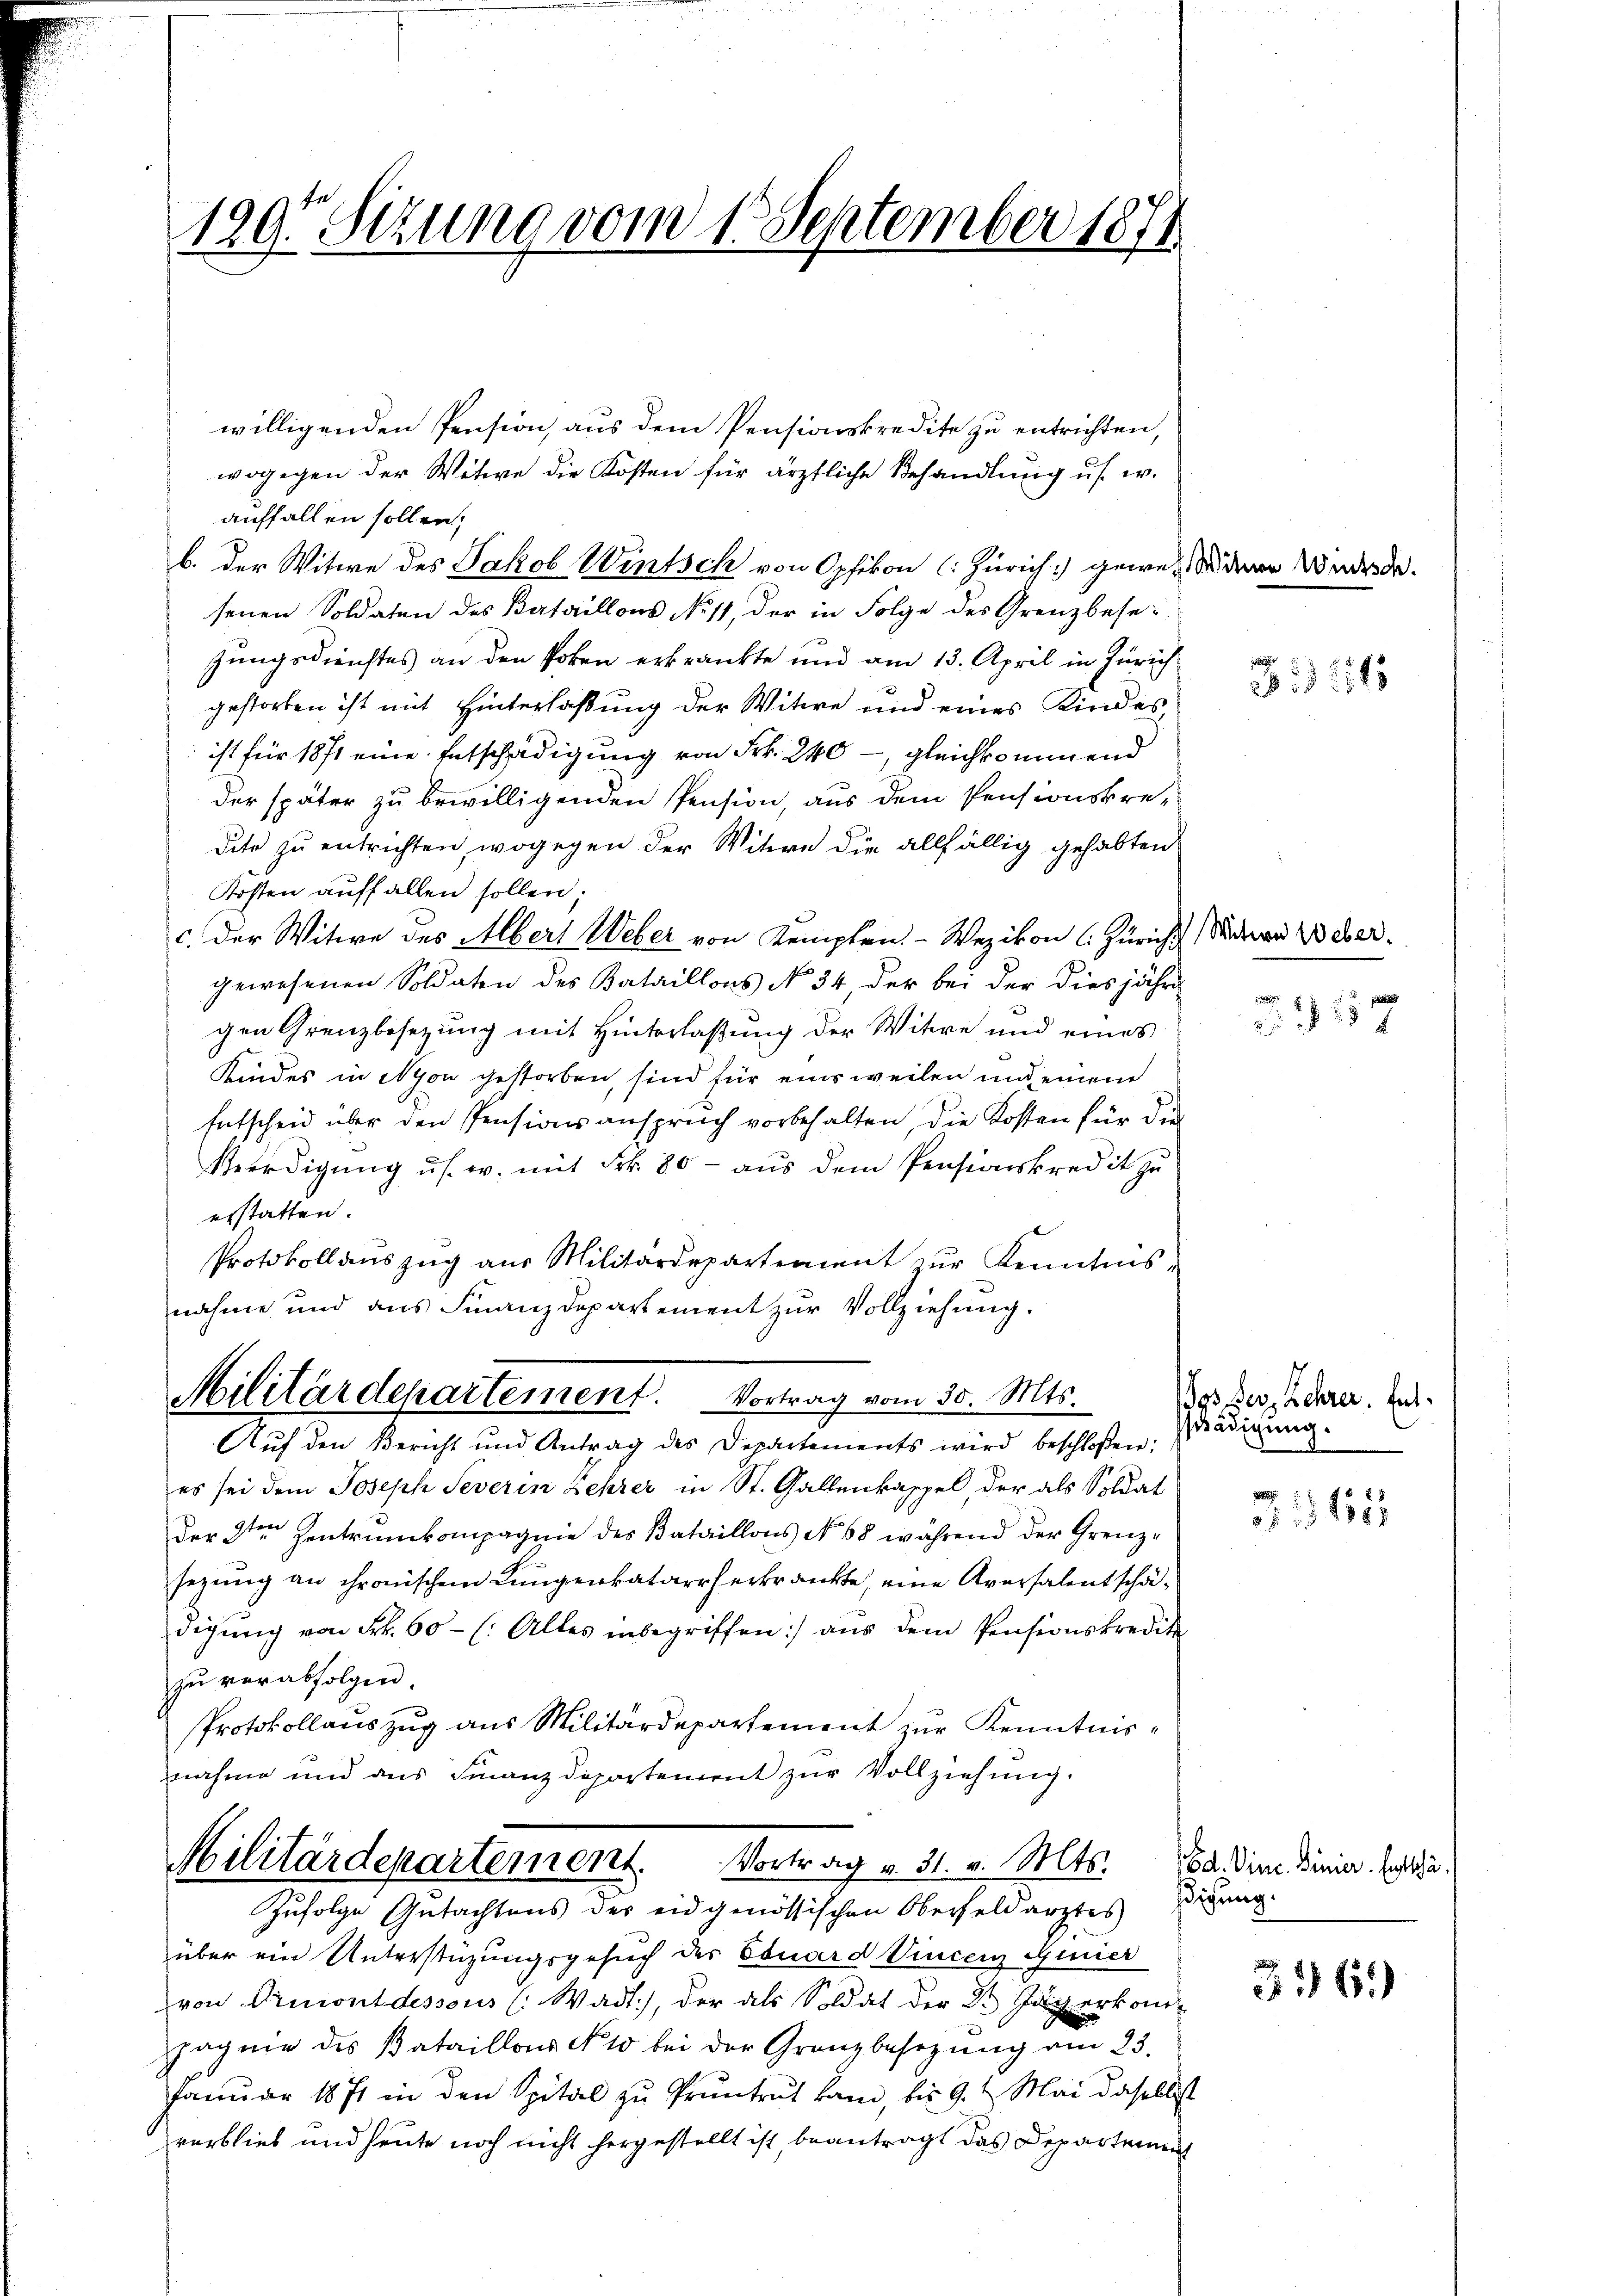
199. Setzung vom 1. September 1874

willigenden Pension, aus dem Pensionskredite zu entrichten,
wogegen der Witwe die Kosten für ärztliche Behandlung us. w.
auffallen sollen;
b. der Witwe des Jakob Wintsch von Opfikon (: Zürich gewesen denen Wider de
senen Soldaten des Bataillons No 11, der in Folge des Grenzbesei
gungsdienstes an den Poten erkränkte und am 13. April in Zürich
gestorben ist mit Hinterlaßung der Witwe und eines Kindesist für 1871 eine Entschädigung von Frk. 240 - gleichkommend
der später zu bewilligenden Pension, aus dem Pensionskre-
dite zu entrichten, wogegen der Witwe die allfällig gehabten
Kosten auff allen sollen.
c. der Witwe des Albert Weber von Kempten. - Wezikon (: Züricht
gewesenen Soldaten des Bataillons No 34 der bei der diesjähr
gen Grenzbesetzung mit Hinterlaßung der Witwe und eines
Kindes in Nyon gestorben, sind für einsweilen und einem
Entscheid über den Pensionsanspruch vorbehalten, die Kosten für die
Verdigung us. w. mit Frk. 80 - aus dem Pensionskredit zu
erstatten.
Protokollauszug aus Militärdepartement zur Kenntnis-
nahme und aus Finanzdepartement zur Vollziehung.
Militärdepartement. Vortrag vom 30. Mts.
Auf den Bericht und Antrag des Departements wird beschloßen:
es sei dem Joseph Severin Lehrer in St. Gallenkappel, der als Soldat
Der 2ten Zentrunkompagnie des Bataillons No 68 während der Grenzsezung an chronischem Lungenkatarrh erkrankte, eine Aversalentschädigŭng von Frk. 60 - (: Alles inbegriffen:/ aŭs dem Pensionskredit
zŭ verabfolgen.
Protokollauszug aus Militärdepartement zur Kenntnisnahme und aus Finanzdepartement zur Vollziehung.
Militärdepartement. Vortrag v. 31. v. Mts. 182. Die Dinier. Cassa¬
Zufolge Gutachtens des eidgenössischen Oberfeldarztes
über ein Unterstüzungsgesuch der Eduard Vincenz Giier
von Ormont dessous (Wadt), der als Soldat der 2. Jägerkom-
fach nie des Bataillons No 10 bei der Granzbesetzŭng am 23.
Januar 1871 in den Spital zu Pruntrut kam, bis 9. Mai dasellist
verblieb und heute noch nicht hergestellt ist, beantragt das Departement

B. § 218

Witwe Weber.

e
17

dos der Lehrer. Entschädigung.

1115

digung.

316)